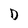
Character: D